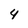
Character: 4